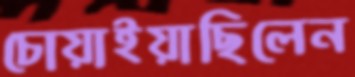
চোয়াইয়াছিলেন